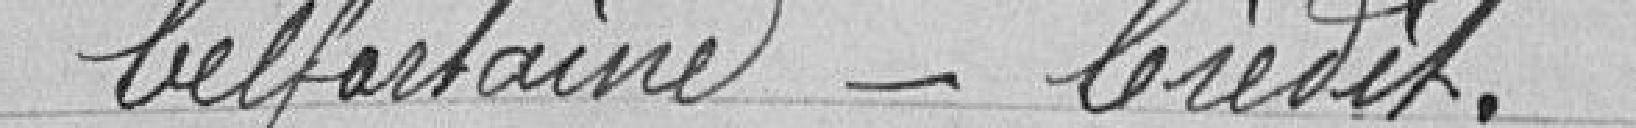
belfortaine - Crédit.